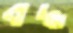
বদ্ধ